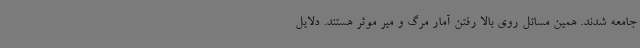
جامعه شدند. همین مسائل روی بالا رفتن آمار مرگ و میر موثر هستند. دلایل